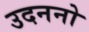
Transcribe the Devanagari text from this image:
उदननो